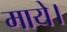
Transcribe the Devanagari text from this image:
माये।